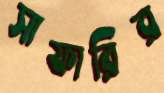
সাফারির